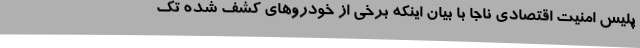
پلیس امنیت اقتصادی ناجا با بیان اینکه برخی از خودروهای کشف شده تک